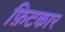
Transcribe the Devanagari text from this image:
फ़िटकार